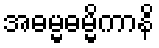
အဓမ္မဓမ္မိကာနိ